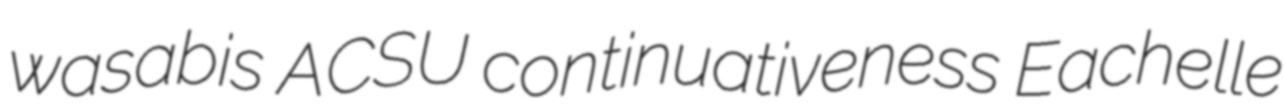
wasabis ACSU continuativeness Eachelle